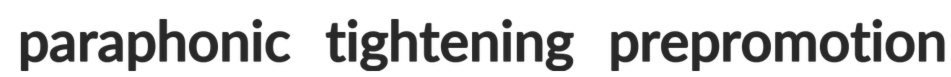
paraphonic tightening prepromotion